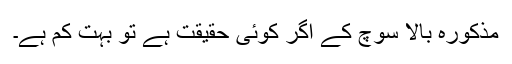
مذکورہ بالا سوچ کے اگر کوئی حقیقت ہے تو بہت کم ہے۔